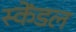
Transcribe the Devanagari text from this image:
स्केंडल